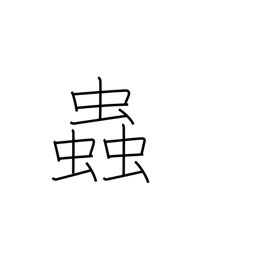
Meaning: temper